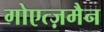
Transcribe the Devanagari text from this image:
गोएत्ज़मैन